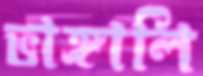
ভাঙ্গালি